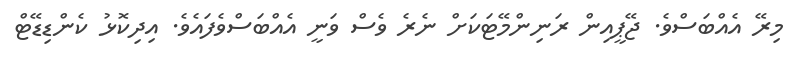
މިރޭ އެއްބަސްވެ. ޖޭޕީއިން ރަނިންމޭޓަކަށް ނެރެ ވެސް ވަނީ އެއްބަސްވެފައެވެ. އިދިކޮޅު ކެންޑިޑޭޓް